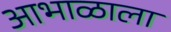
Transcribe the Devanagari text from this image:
आभाळाला